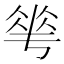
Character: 𬾵